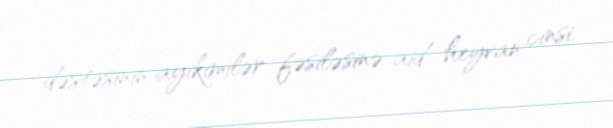
dəstəsinin ayıkimilər fəsiləsinə aid heyvan cinsi.